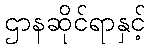
ဌာနဆိုင်ရာနှင့်